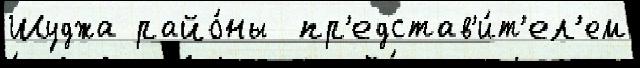
Шуджа райо́ны  пр'едстав'и́т'ел'ем